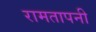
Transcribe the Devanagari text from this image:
रामतापनी